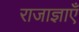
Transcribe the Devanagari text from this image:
राजाज्ञाएँ